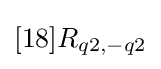
[18]R_{q2,-q2}